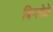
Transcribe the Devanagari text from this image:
बिग्लोबे